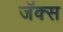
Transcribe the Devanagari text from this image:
जॅक्स